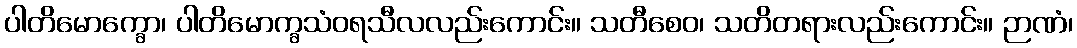
ပါတိမောက္ခော၊ ပါတိမောက္ခသံဝရသီလလည်းကောင်း။ သတီစေဝ၊ သတိတရားလည်းကောင်း။ ဉာဏံ၊